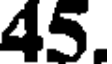
45.